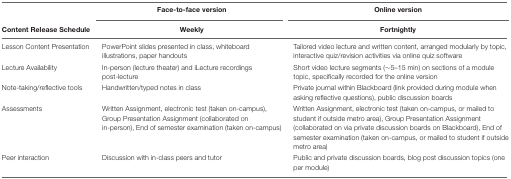
<table><thead><tr><td></td><td><b>Face-to-face version</b></td><td><b>Online version</b></td></tr><tr><td><b>Content Release Schedule</b></td><td><b>Weekly</b></td><td><b>Fortnightly</b></td></tr></thead><tbody><tr><td>Lesson Content Presentation</td><td>PowerPoint slides presented in class, whiteboard illustrations, paper handouts</td><td>Tailored video lecture and written content, arranged modularly by topic, interactive quiz/revision activities via online quiz software</td></tr><tr><td>Lecture Availability</td><td>In-person (lecture theater) and iLecture recordings post-lecture</td><td>Short video lecture segments (∼5–15 min) on sections of a module topic, specifically recorded for the online version</td></tr><tr><td>Note-taking/reflective tools</td><td>Handwritten/typed notes in class</td><td>Private journal within Blackboard (link provided during module when asking reflective questions), public discussion boards</td></tr><tr><td>Assessments</td><td>Written Assignment, electronic test (taken on-campus), Group Presentation Assignment (collaborated on in-person), End of semester examination (taken on-campus)</td><td>Written Assignment, electronic test (taken on-campus, or mailed to student if outside metro area), Group Presentation Assignment (collaborated on via private discussion boards on Blackboard), End of semester examination (taken on-campus, or mailed to student if outside metro area)</td></tr><tr><td>Peer interaction</td><td>Discussion with in-class peers and tutor</td><td>Public and private discussion boards, blog post discussion topics (one per module)</td></tr></tbody></table>